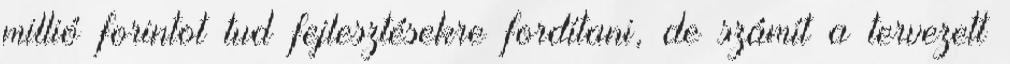
millió forintot tud fejlesztésekre fordítani, de számít a tervezett